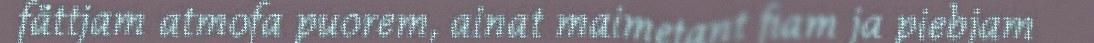
fättjam atmofa puorem, ainat maimetant fiam ja piebjam